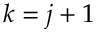
k = j + 1